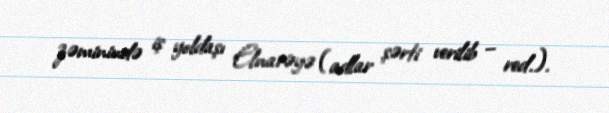
zəminində iş yoldaşı Elnarəyə (adlar şərti verilib – red.).